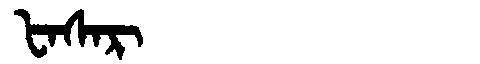
Manchu: ᡶᠠᠰᠠᡵ
Romanization: FASAR